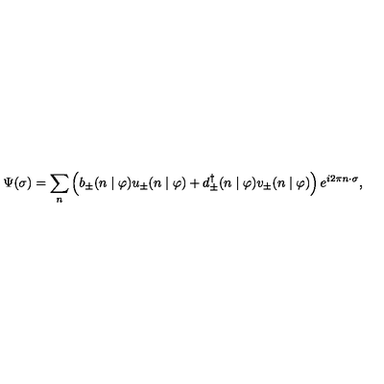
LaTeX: \Psi ( \sigma ) = \sum _ { n } \left( b _ { \pm } ( n \mid \varphi ) u _ { \pm } ( n \mid \varphi ) + d _ { \pm } ^ { \dagger } ( n \mid \varphi ) v _ { \pm } ( n \mid \varphi ) \right) e ^ { i 2 \pi n \cdot \sigma } ,